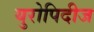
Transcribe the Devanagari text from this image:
युरोपिदीज